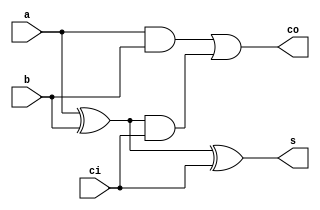
//Incrementar 1
//Wadson Ferreira
//460631

module S1(output s, output co, input ci,input a, input b);
	wire xora,anda,andb;
	xor X1(xora,a,b);
	and A1(anda,a,b);
	xor X2(s,xora,ci);
	and A2(andb,xora,ci);
	or  O1(co,anda,andb);
endmodule

module SomaSub(output[2:0] s, output co, input ci, input[2:0] a, input[2:0] b);
	wire co0,co1;
	wire xora, xorb, xorc;
	xor X1(xora,ci,b[0]);
	xor X2(xorb,ci,b[1]);
	xor X3(xorc,ci,b[2]);
	S1 SA(s[0],co0,ci,a[0],xora);
	S1 SB(s[1],co1,co0,a[1],xorb);
	S1 SC(s[2],co,co1,a[2],xorc);
endmodule

module incrementar(output[2:0] s, input[2:0] a);
	SomaSub SS(s,co,1'b0,a,3'b001);
endmodule

module teste;
	wire[2:0] saida;
	reg[2:0] entrada;
	incrementar I(saida,entrada);
	initial begin
		#1 entrada=3'b000;
		#1 $display("Incrementar 1");
		   $monitor("A=%3b S=%3b",entrada,saida);
		#1 entrada=3'b001;
		#1 entrada=3'b010;
		#1 entrada=3'b011;
		#1 entrada=3'b100;
		#1 entrada=3'b101;
		#1 entrada=3'b110;
		#1 entrada=3'b111;	
	end
endmodule